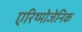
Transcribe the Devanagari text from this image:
एरिथ्मोजेनिक